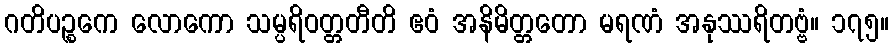
ဂတိပဉ္စကေ လောကော သမ္ပရိဝတ္တတီတိ ဧဝံ အနိမိတ္တတော မရဏံ အနုဿရိတဗ္ဗံ။ ၁၇၅။